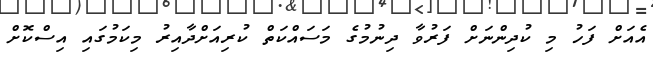
އެއަށް ފަހު މި ކުދިންނަށް ފަރުވާ ދިނުމުގެ މަސައްކަތް ކުރިއަށްދާއިރު މިކަމުގައި އިސްކޮށް